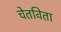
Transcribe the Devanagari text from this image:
चेतविता